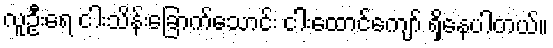
လူဦးရေ ငါးသိန်းခြောက်သောင်း ငါးထောင်ကျော် ရှိနေပါတယ်။